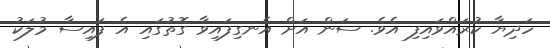
ހަދިޔާ ކުރައްވައިފި އެވެ. ސަން އަށް އެނގިފައިވާ ގޮތުގައި އެ ފައިސާ މުލަކު